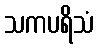
သကပရိသံ